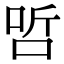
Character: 𠳇